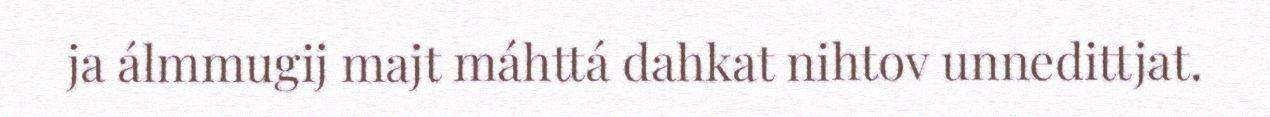
ja álmmugij majt máhttá dahkat nihtov unnedittjat.